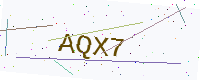
Text: AQX7